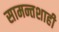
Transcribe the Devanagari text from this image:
सामन्तशाही